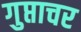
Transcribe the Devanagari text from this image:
गुप्ताचर